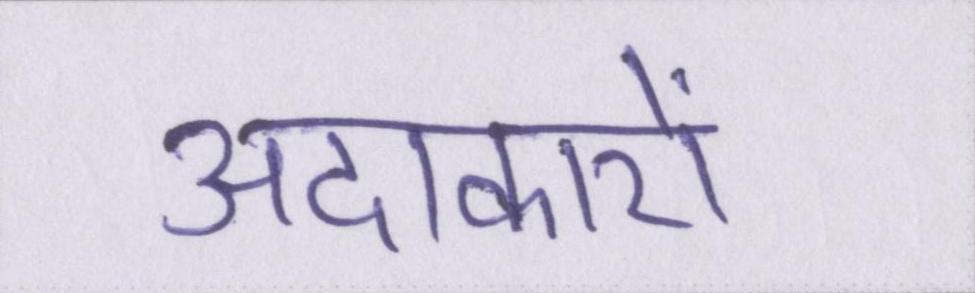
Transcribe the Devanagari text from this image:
अदाकारों